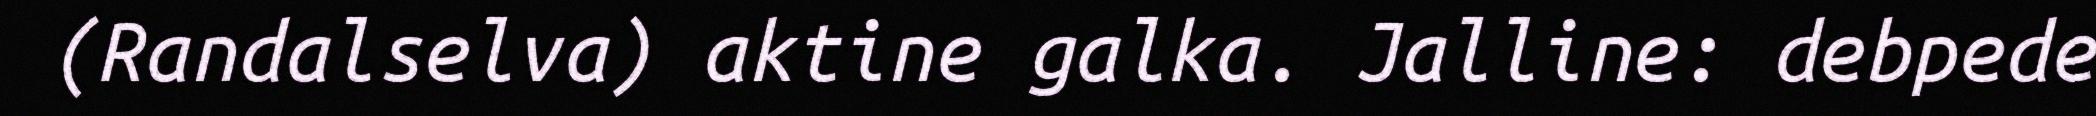
(Randalselva) aktine galka. Jalline: debpede